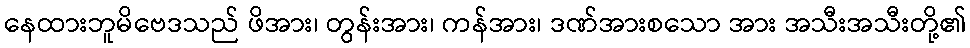
နေထားဘူမိဗေဒသည် ဖိအား၊ တွန်းအား၊ ကန်အား၊ ဒဏ်အားစသော အား အသီးအသီးတို့၏